Annual report of the Bengal Veterinary College and of the Civil Veterinary Department, Bengal, for the year 1908-1909 - 1908-1909
Year: 1908
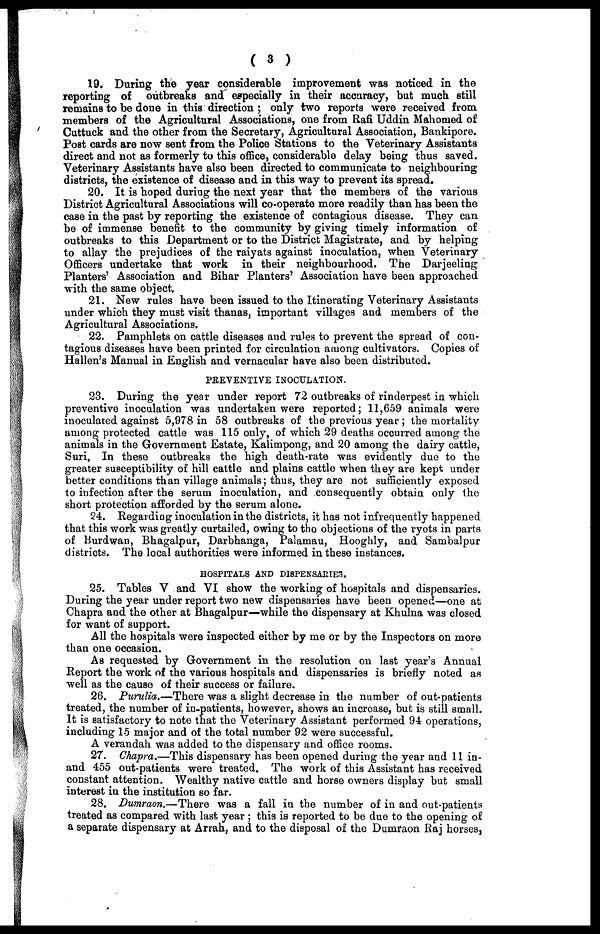
( 3 )
19. During the year considerable improvement was noticed in the
reporting of outbreaks and especially in their accuracy, but much still
remains to be done in this direction ; only two reports were received from
members of the Agricultural Associations, one from Rafi Uddin Mahomed of
Cuttuck and the other from the Secretary, Agricultural Association, Bankipore.
Post cards are now sent from the Police Stations to the Veterinary Assistants
direct and not as formerly to this office, considerable delay being thus saved.
Veterinary Assistants have also been directed to communicate to neighbouring
districts, the existence of disease and in this way to prevent its spread.
20. It is hoped during the next year that the members of the various
District Agricultural Associations will co-operate more readily than has been the
case in the past by reporting the existence of contagious disease. They can
be of immense benefit to the community by giving timely information of
outbreaks to this Department or to the District Magistrate, and by helping
to allay the prejudices of the raiyats against inoculation, when Veterinary
Officers undertake that work in their neighbourhood. The Darjeeling
Planters' Association and Bihar Planters' Association have been approached
with the same object.
21. New rules have been issued to the Itinerating Veterinary Assistants
under which they must visit thanas, important villages and members of the
Agricultural Associations.
22. Pamphlets on cattle diseases and rules to prevent the spread of con-
tagious diseases have been printed for circulation among cultivators. Copies of
Hallen's Manual in English and vernacular have also been distributed.
PREVENTIVE INOCULATION.
23. During the year under report 72 outbreaks of rinderpest in which
preventive inoculation was undertaken were reported; 11,659 animals were
inoculated against 5,978 in 58 outbreaks of the previous year; the mortality
among protected cattle was 115 only, of which 29 deaths occurred among the
animals in the Government Estate, Kalimpong, and 20 among the dairy cattle,
Suri. In these outbreaks the high death-rate was evidently due to the
greater susceptibility of hill cattle and plains cattle when they are kept under
better conditions than village animals; thus, they are not sufficiently exposed
to infection after the serum inoculation, and consequently obtain only the
short protection afforded by the serum alone.
24. Regarding inoculation in the districts, it has not infrequently happened
that this work was greatly curtailed, owing to the objections of the ryots in parts
of Burdwan, Bhagalpur, Darbhanga, Palamau, Hooghly, and Sambalpur
districts. The local authorities were informed in these instances.
HOSPITALS AND DISPENSARIES.
25. Tables V and VI show the working of hospitals and dispensaries.
During the year under report two new dispensaries have been opened—one at
Chapra and the other at Bhagalpur—while the dispensary at Khulna was closed
for want of support.
All the hospitals were inspected either by me or by the Inspectors on more
than one occasion.
As requested by Government in the resolution on last year's Annual
Report the work of the various hospitals and dispensaries is briefly noted as
well as the cause of their success or failure.
26. Purulia.—There was a slight decrease in the number of out-patients
treated, the number of in-patients, however, shows an increase, but is still small.
It is satisfactory to note that the Veterinary Assistant performed 94 operations,
including 15 major and of the total number 92 were successful.
A verandah was added to the dispensary and office rooms.
27. Chapra.—This dispensary has been opened during the year and 11 in-
and 455 out-patients were treated. The work of this Assistant has received
constant attention. Wealthy native cattle and horse owners display but small
interest in the institution so far.
28. Dumraon.—There was a fall in the number of in and out-patients
treated as compared with last year ; this is reported to be due to the opening of
a separate dispensary at Arrah, and to the disposal of the Dumraon Raj horses,